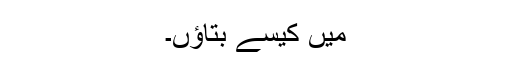
میں کیسے بتاؤں۔